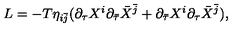
L = - T \eta _ { i \bar { j } } ( { \partial } _ { \tau } X ^ { i } { \partial } _ { \bar { \tau } } { \bar { X } } ^ { \bar { j } } + { \partial } _ { \bar { \tau } } X ^ { i } { \partial } _ { \tau } { \bar { X } } ^ { \bar { j } } ) ,